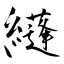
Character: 纄